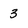
Character: 3